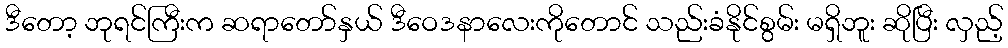
ဒီတော့ ဘုရင်ကြီးက ဆရာတော်နှယ် ဒီဝေဒနာလေးကိုတောင် သည်းခံနိုင်စွမ်း မရှိဘူး ဆိုပြီး လှည့်